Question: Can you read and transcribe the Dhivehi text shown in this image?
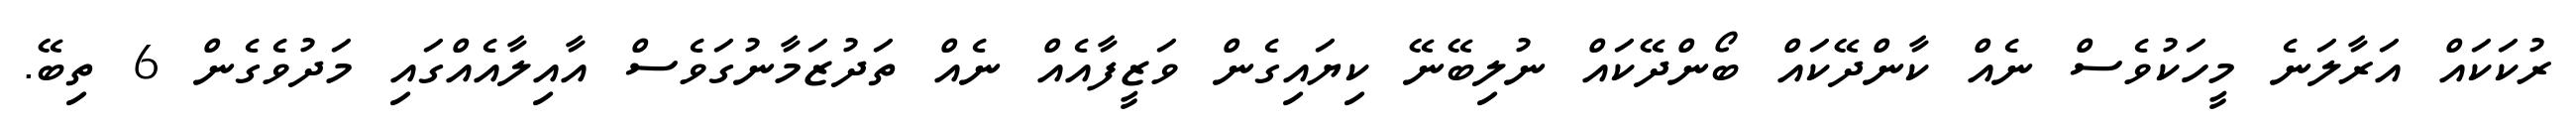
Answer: ރުކަކައް އަރާލަނެ މީހަކުވެސް ނެއް ކާންދޭކައް ބޯންދޭކައް ނުލިބޭނޭ ކިޔައިގެން ވަޒީފާއެއް ނެއް ތަދުޒަމާނުގަވެސް އާއިލާއެއްގައި މަދުވެގެން 6 ތިބޭ.